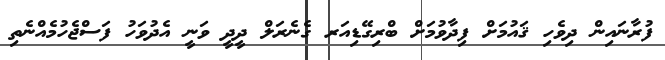
ފުރާނައިން ދިވެހި ޤައުމަށް ފިދާވުމަށް ބްރިގޭޑިއަރ ގެނެރަލް ދީދީ ވަނީ އެދުވަހު ފަސްޖެހުމެއްނެތި